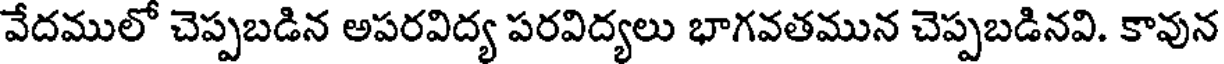
వేదములో చెప్పబడిన అపరవిద్య పరవిద్యలు భాగవతమున చెప్పబడినవి. కావున